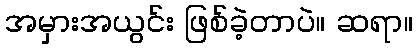
အမှားအယွင်း ဖြစ်ခဲ့တာပဲ။ ဆရာ။